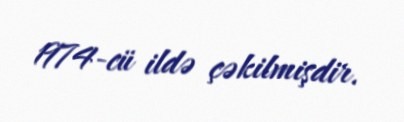
1974-cü ildə çəkilmişdir.